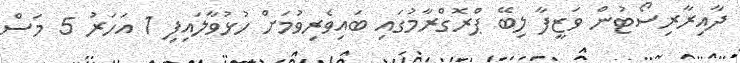
ދާއިރާރިސޯޓުން ވަޒީފާ ލިބޭ ޕްރޮގްރާމުގައި ބައިވެރިވުމަށް ހުޅުވާލައިފި 1 އަހަރު 5 މަސް